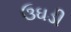
ઉઘડી